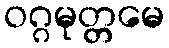
ဝဂ္ဂမုတ္တမေ